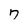
Character: 7